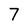
Character: 7